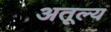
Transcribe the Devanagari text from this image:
अतूल्य